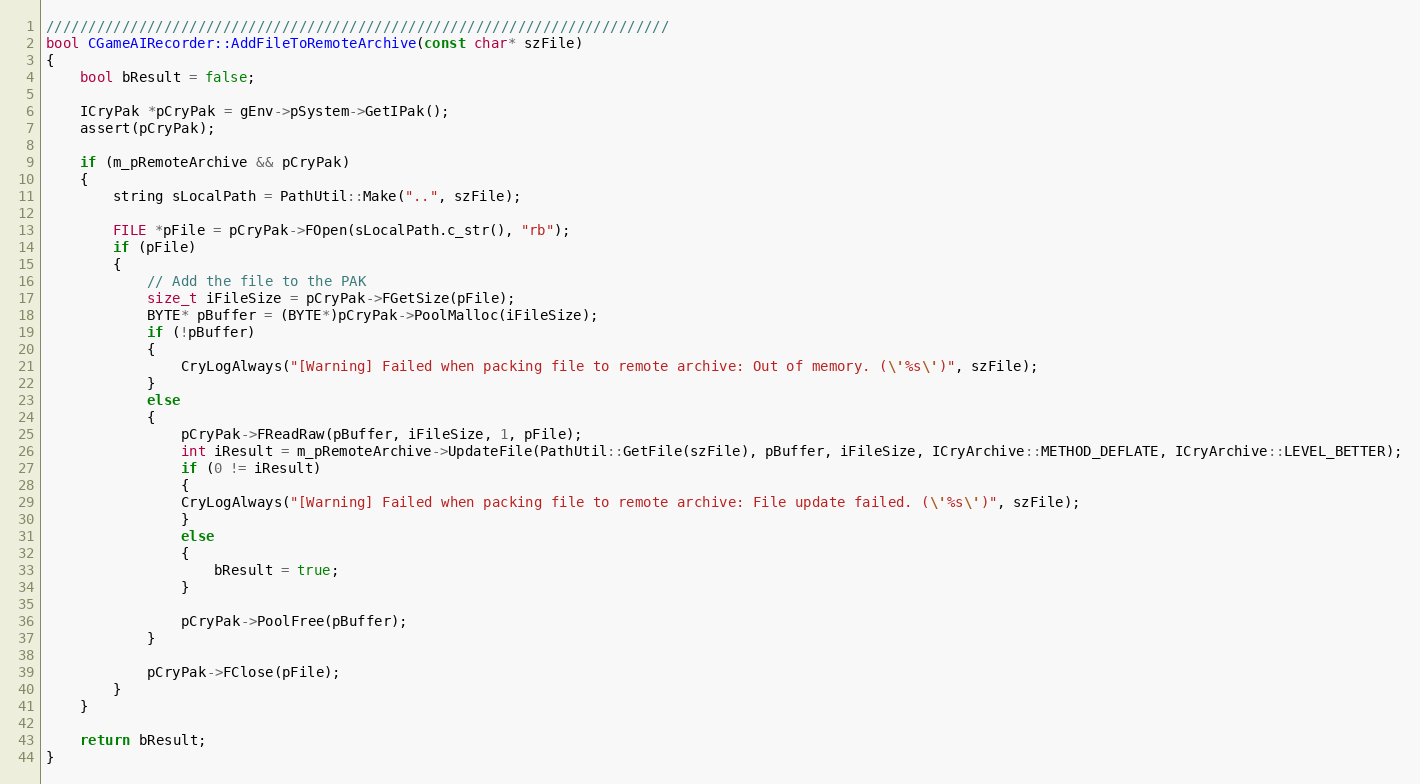
Language: C++
//////////////////////////////////////////////////////////////////////////
bool CGameAIRecorder::AddFileToRemoteArchive(const char* szFile)
{
	bool bResult = false;

	ICryPak *pCryPak = gEnv->pSystem->GetIPak();
	assert(pCryPak);

	if (m_pRemoteArchive && pCryPak)
	{
		string sLocalPath = PathUtil::Make("..", szFile);

		FILE *pFile = pCryPak->FOpen(sLocalPath.c_str(), "rb");
		if (pFile)
		{
			// Add the file to the PAK
			size_t iFileSize = pCryPak->FGetSize(pFile);
			BYTE* pBuffer = (BYTE*)pCryPak->PoolMalloc(iFileSize);
			if (!pBuffer)
			{
				CryLogAlways("[Warning] Failed when packing file to remote archive: Out of memory. (\'%s\')", szFile);
			}
			else
			{
				pCryPak->FReadRaw(pBuffer, iFileSize, 1, pFile);
				int iResult = m_pRemoteArchive->UpdateFile(PathUtil::GetFile(szFile), pBuffer, iFileSize, ICryArchive::METHOD_DEFLATE, ICryArchive::LEVEL_BETTER);
				if (0 != iResult)
				{
				CryLogAlways("[Warning] Failed when packing file to remote archive: File update failed. (\'%s\')", szFile);
				}
				else
				{
					bResult = true;
				}

				pCryPak->PoolFree(pBuffer);
			}

			pCryPak->FClose(pFile);
		}
	}

	return bResult;
}